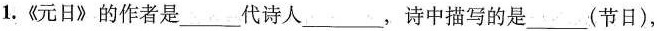
1.《元日》的作者是___代诗人___，诗中描写的是___(节日)，